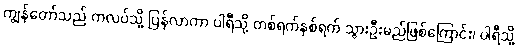
ကျွန်တော်သည် ကလပ်သို့ ပြန်လာကာ ပါရီသို့ တစ်ရက်နှစ်ရက် သွားဦးမည်ဖြစ်ကြောင်း၊ ပါရီသို့